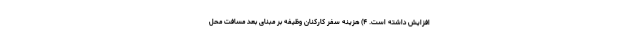
افزایش داشته است. ۴) هزینه سفر کارکنان وظیفه بر مبنای بعد مسافت محل